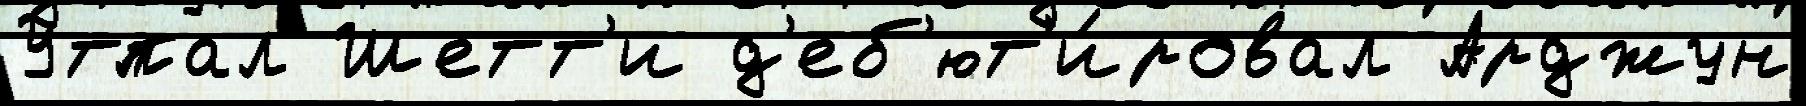
Утпал Шетт'и д'еб'ют'и́ровал Арджун